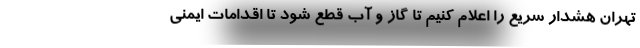
تهران هشدار سریع را اعلام کنیم تا گاز‌ و آب قطع شود تا اقدامات ایمنی